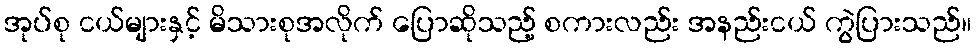
အုပ်စု ငယ်များနှင့် မိသားစုအလိုက် ပြောဆိုသည့် စကားလည်း အနည်းငယ် ကွဲပြားသည်။